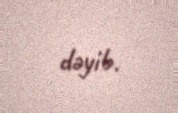
dəyib.